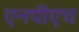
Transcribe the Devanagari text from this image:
एनपीएच